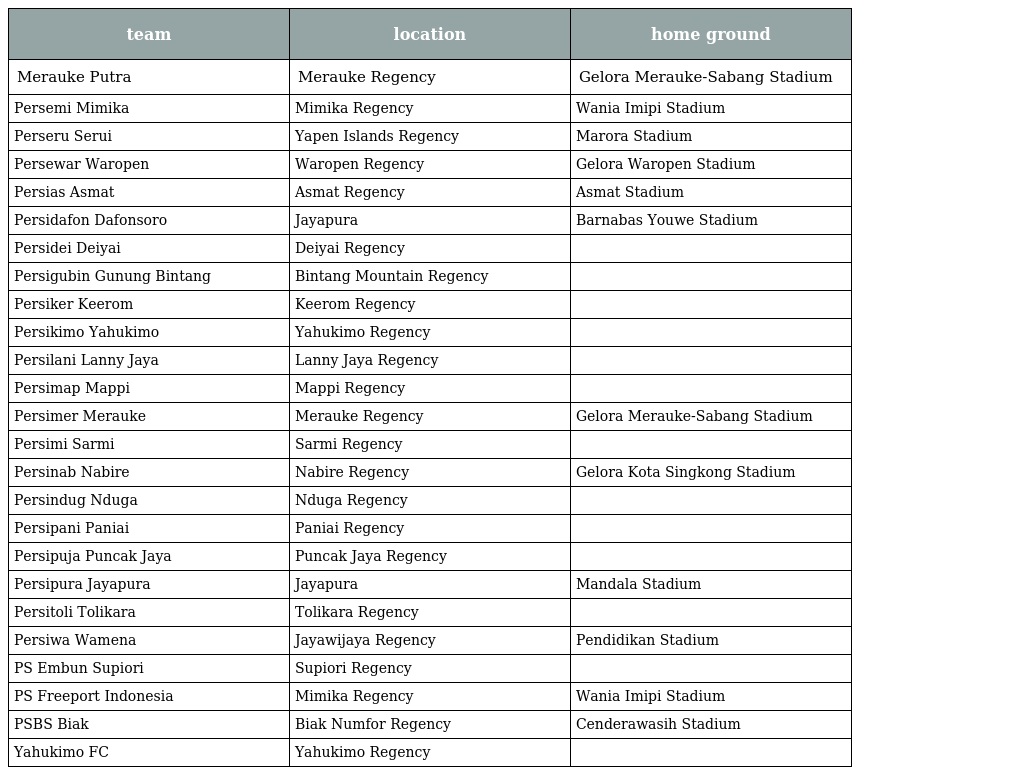
| team | location | home ground |
 | --- | --- | --- |
 | Merauke Putra | Merauke Regency | Gelora Merauke-Sabang Stadium |
 | Persemi Mimika | Mimika Regency | Wania Imipi Stadium |
 | Perseru Serui | Yapen Islands Regency | Marora Stadium |
 | Persewar Waropen | Waropen Regency | Gelora Waropen Stadium |
 | Persias Asmat | Asmat Regency | Asmat Stadium |
 | Persidafon Dafonsoro | Jayapura | Barnabas Youwe Stadium |
 | Persidei Deiyai | Deiyai Regency |  |
 | Persigubin Gunung Bintang | Bintang Mountain Regency |  |
 | Persiker Keerom | Keerom Regency |  |
 | Persikimo Yahukimo | Yahukimo Regency |  |
 | Persilani Lanny Jaya | Lanny Jaya Regency |  |
 | Persimap Mappi | Mappi Regency |  |
 | Persimer Merauke | Merauke Regency | Gelora Merauke-Sabang Stadium |
 | Persimi Sarmi | Sarmi Regency |  |
 | Persinab Nabire | Nabire Regency | Gelora Kota Singkong Stadium |
 | Persindug Nduga | Nduga Regency |  |
 | Persipani Paniai | Paniai Regency |  |
 | Persipuja Puncak Jaya | Puncak Jaya Regency |  |
 | Persipura Jayapura | Jayapura | Mandala Stadium |
 | Persitoli Tolikara | Tolikara Regency |  |
 | Persiwa Wamena | Jayawijaya Regency | Pendidikan Stadium |
 | PS Embun Supiori | Supiori Regency |  |
 | PS Freeport Indonesia | Mimika Regency | Wania Imipi Stadium |
 | PSBS Biak | Biak Numfor Regency | Cenderawasih Stadium |
 | Yahukimo FC | Yahukimo Regency |  |